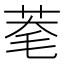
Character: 𦯮